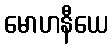
မောဟနီယေ